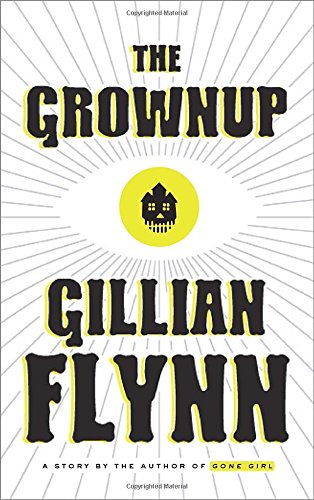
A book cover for The Grownup: A Story by the Author of Gone Girl; Gillian Flynn; Mystery, Thriller & Suspense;